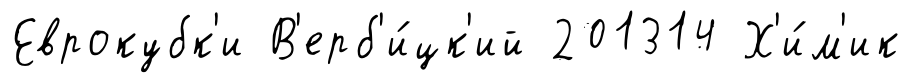
Еврокубк'и В'ерб'и́цк'ий 201314 Х'и́м'ик